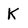
Character: K